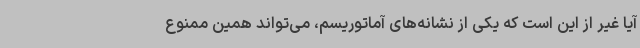
آیا غیر از این است که یکی از نشانه‌های آماتوریسم، می‌تواند همین ممنوع